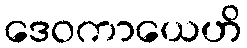
ဒေဝကာယေဟိ